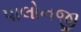
પાલોનજી